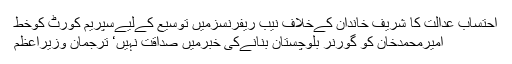
احتساب عدالت کا شریف خاندان کےخلاف نیب ریفرنسزمیں توسیع کےلیےسپریم کورٹ کوخط
امیرمحمدخان کو گورنر بلوچستان بنانےکی خبرمیں صداقت نہیں‘ ترجمان وزیراعظم